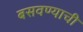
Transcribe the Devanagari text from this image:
बसवण्याची